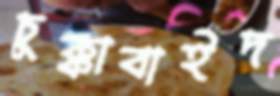
চুক্কাবাইদ